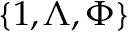
\{ 1 , \Lambda , \Phi \}